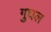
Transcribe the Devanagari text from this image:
गुघल